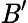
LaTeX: \mathit{B}^{\prime}